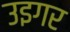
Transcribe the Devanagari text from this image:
उइगर